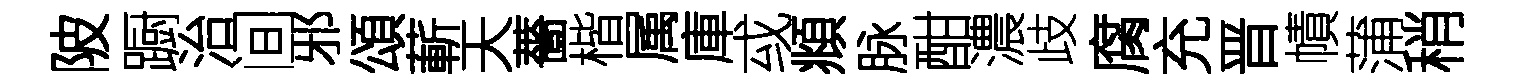
陂蹰治间邪頌蔪天薔楷属庫㦯頫脉酣濃歧腐充晋幘蒲稍